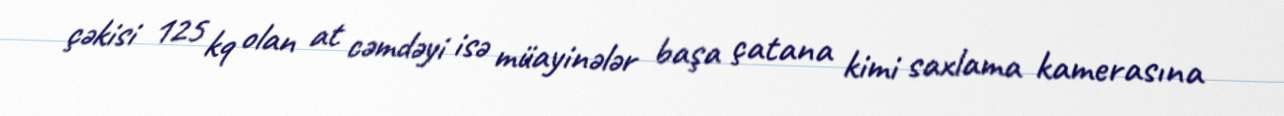
çəkisi 125 kq olan at cəmdəyi isə müayinələr başa çatana kimi saxlama kamerasına